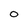
Character: 0